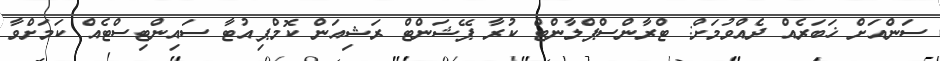
ސަންއަށް ޚަބަރެއް ދެއްވުމަށް: ޓްރާންސްޕްލާންޓް ކުރާ ޕޭޝަންޓް ރަޝިއަން ކޮމްޕިއުޓާ ސައިންޓިސްޓެއް ކަމަށްވާ